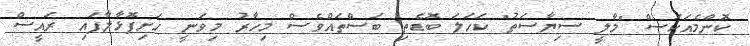
ކޮންމެއަކަސް "މާލީ ސިޔާސަތު" ކަހަލަ ބޮޑެތި ބަސްތައްވެސް މިހާރު މިވަނީ ހަށިފޮޅާލާފައި ރައީސް